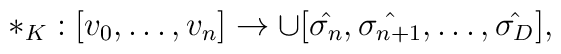
*_K:[v_0,\dots,v_n]\to\cup[\hat{\sigma_n},\hat{\sigma_{n+1}},\dots,\hat{\sigma_D}],